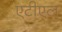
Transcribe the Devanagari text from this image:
एटीएल